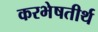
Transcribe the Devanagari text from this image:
करभेषतीर्थ